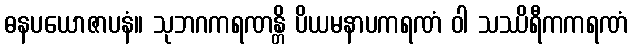
ဓနပယောဇာပနံ။ သုဘဂကရဏန္တိ ပိယမနာပကရဏံ ဝါ သဿိရီကကရဏံ